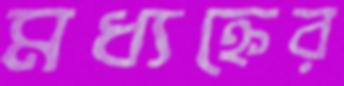
মধ্যহ্নের